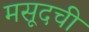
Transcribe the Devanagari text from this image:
मसूदची